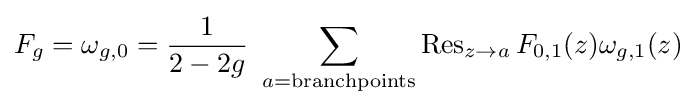
F_{g}=\omega _{g,0}={\frac {1}{2-2g}}\ \sum _{a={\text{branchpoints}}}\operatorname {Res} _{z\to a}F_{0,1}(z)\omega _{g,1}(z)